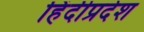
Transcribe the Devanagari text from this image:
हिंदीप्रदेश